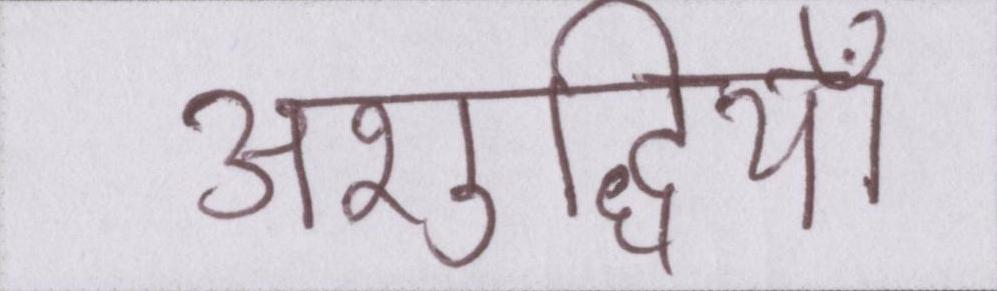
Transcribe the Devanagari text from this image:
अशुद्धियाँ